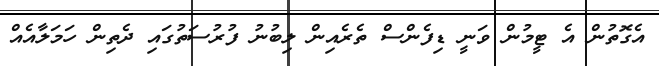
އެގޮތުން އެ ޓީމުން ވަނީ ޑިފެންސް ތެރެއިން ލިބުނު ފުރުސަތުގައި ދެތިން ހަމަލާއެއް